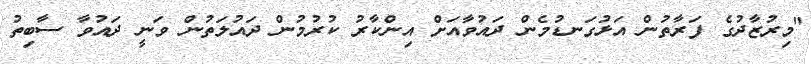
"މިރުޒާދުގެ ފަރާތުން އަޅުގަނޑުމެން ދައުވާއަށް އިންކާރު ކުރުމުން ދައުލަތުން ވަނީ ދައުވާ ސާބިތު